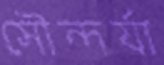
সৌন্দর্যা